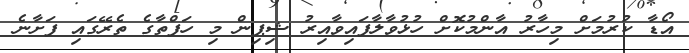
އޯޑާ ކުރުމަށް މިހާރު އާންމުކޮށް ހުޅުވާލާފައިވާއިރު ޝިޕިން މި ހަފްތާގެ ތެރޭގައި ފަށާނެ